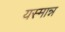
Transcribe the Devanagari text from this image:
यस्मान्न